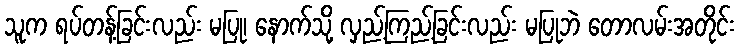
သူက ရပ်တန့်ခြင်းလည်း မပြု၊ နောက်သို့ လှည့်ကြည့်ခြင်းလည်း မပြုဘဲ တောလမ်းအတိုင်း